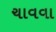
ચાવવા